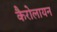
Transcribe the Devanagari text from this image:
कैरोलायन